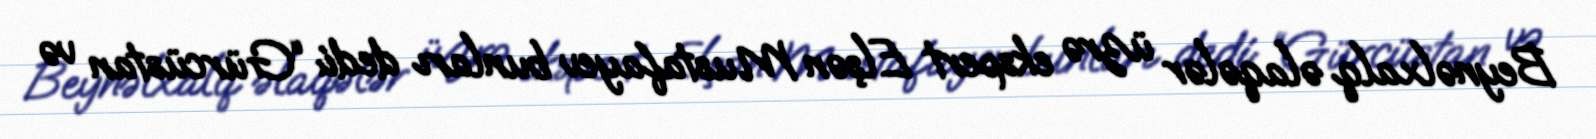
Beynəlxalq əlaqələr üzrə ekspert Elşən Mustafayev bunları dedi: “Gürcüstan və